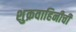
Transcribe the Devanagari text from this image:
शुक्रवाहिनीची